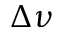
\Delta \boldsymbol \nu